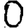
Digit: 0